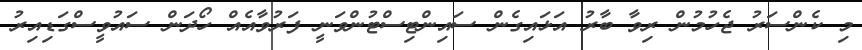
މި ކެންސަރު ޖެހުމުން ރިވާ ބާރު އަޅައިގެން ސައިންޓިސްޓުންވަނީ ފަރުވާއެއް ހޯދަން ސައުވީސްގަޑިއިރު